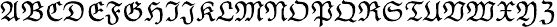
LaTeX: {\mathfrak{A}}{\mathfrak{B}}{\mathfrak{C}}{\mathfrak{D}}{\mathfrak{E}}{\mathfrak{F}}{\mathfrak{G}}{\mathfrak{H}}{\mathfrak{I}}{\mathfrak{J}}{\mathfrak{K}}{\mathfrak{L}}{\mathfrak{M}}{\mathfrak{N}}{\mathfrak{O}}{\mathfrak{P}}{\mathfrak{Q}}{\mathfrak{R}}{\mathfrak{S}}{\mathfrak{T}}{\mathfrak{U}}{\mathfrak{V}}{\mathfrak{W}}{\mathfrak{X}}{\mathfrak{Y}}{\mathfrak{Z}}